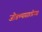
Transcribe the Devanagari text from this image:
जोडण्यासाठीच्या